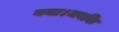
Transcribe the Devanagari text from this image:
गया।जबकि